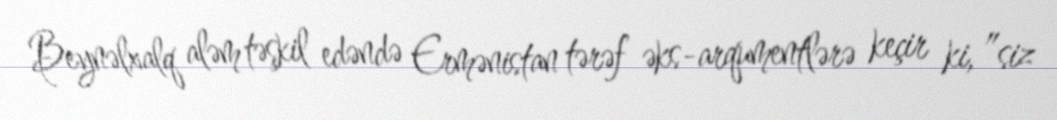
Beynəlxalq aləm təşkil edəndə Ermənistan tərəf əks-arqumentlərə keçir ki, ”siz